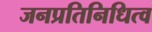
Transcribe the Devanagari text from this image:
जनप्रतिनिधित्व